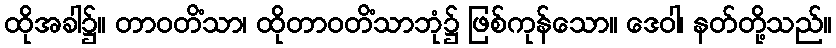
ထိုအခါ၌။ တာဝတိံသာ၊ ထိုတာဝတိံသာဘုံ၌ ဖြစ်ကုန်သော။ ဒေဝါ၊ နတ်တို့သည်။